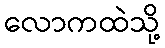
လောကထဲသို့